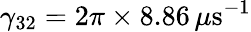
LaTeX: \gamma_{32}=2\pi\times 8.86\, \mu\mathrm{s}^{-1}